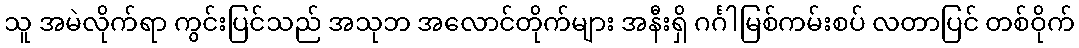
သူ အမဲလိုက်ရာ ကွင်းပြင်သည် အသုဘ အလောင်တိုက်များ အနီးရှိ ဂင်္ဂါမြစ်ကမ်းစပ် လတာပြင် တစ်ဝိုက်